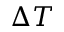
\Delta T